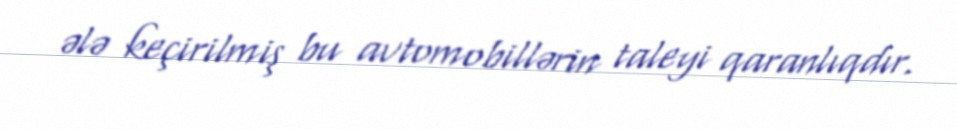
ələ keçirilmiş bu avtomobillərin taleyi qaranlıqdır.